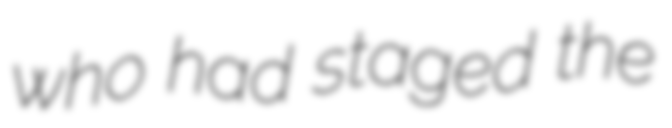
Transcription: who had staged the